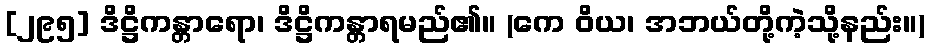
[၂၉၅] ဒိဋ္ဌိကန္တာရော၊ ဒိဋ္ဌိကန္တာရမည်၏။ (ကေ ဝိယ၊ အဘယ်တို့ကဲ့သို့နည်း။)